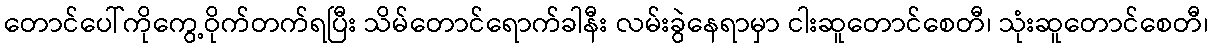
တောင်ပေါ်ကိုကွေ့ဝိုက်တက်ရပြီး သိမ်တောင်ရောက်ခါနီး လမ်းခွဲနေရာမှာ ငါးဆူတောင်စေတီ၊ သုံးဆူတောင်စေတီ၊